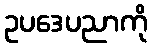
ဥပဒေပညာကို